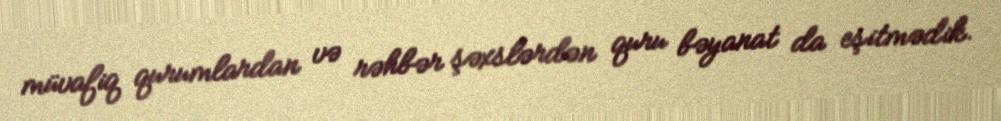
müvafiq qurumlardan və rəhbər şəxslərdən quru bəyanat da eşitmədik.